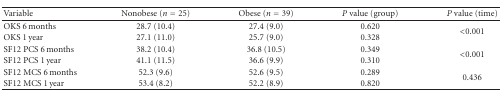
| Variable | Nonobese (n = 25) | Obese (n = 39) | P value (group) | P value (time) |
 | --- | --- | --- | --- | --- |
 | OKS 6 months | 28.7 (10.4) | 27.4 (9.0) | 0.620 | <ROWSPAN=2> <0.001 |
 | OKS 1 year | 27.1 (11.0) | 25.7 (9.0) | 0.328 |
 | SF12 PCS 6 months | 38.2 (10.4) | 36.8 (10.5) | 0.349 | <ROWSPAN=2> <0.001 |
 | SF12 PCS 1 year | 41.1 (11.5) | 36.6 (9.9) | 0.310 |
 | SF12 MCS 6 months | 52.3 (9.6) | 52.6 (9.5) | 0.289 | <ROWSPAN=2> 0.436 |
 | SF12 MCS 1 year | 53.4 (8.2) | 52.2 (8.9) | 0.820 |